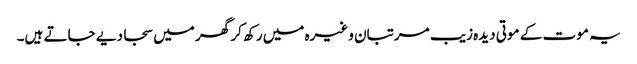
یہ موت کے موتی دیدہ زیب مرتبان وغیرہ میں رکھ کر گھر میں سجا دیے جاتے ہیں۔